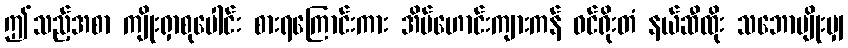
ဤသည့်အစာ ကျိုးရှာစုပေါင်း စားရကြောင်းကား အိမ်ဟောင်းကျားကန် ဝင်ရိုးတံ နယ်ဆီထိုး သဘောမျိုးမျှ